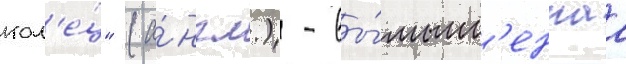
кол'е́ц" (а́нгл.) - вы́мышл'еннаа